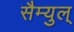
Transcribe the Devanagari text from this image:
सैम्युल्